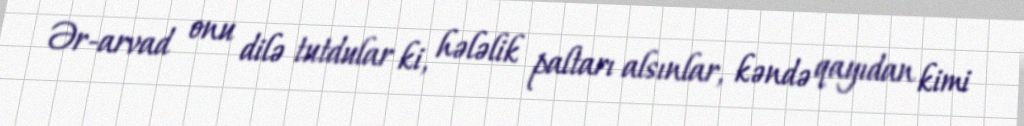
Ər-arvad onu dilə tutdular ki, hələlik paltarı alsınlar, kəndə qayıdan kimi